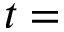
t =